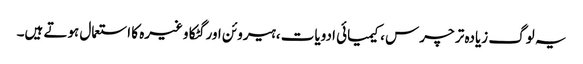
یہ لوگ زیادہ تر چرس ،کیمیائی ادویات ،ہیروئن اور گٹکا وغیرہ کا استعمال ہوتے ہیں۔